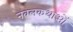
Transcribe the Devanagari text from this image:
नवलकथाओं